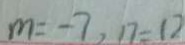
m = - 7 , n = 1 2